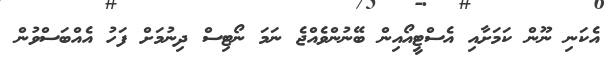
އެކަނި ނޫން ކަމަށާއި އެސްޓީއޯއިން ބޭނުންވެއްޖެ ނަމަ ނޯޓިސް ދިނުމަށް ފަހު އެއްބަސްވުން